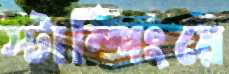
স্টাম্পিংয়ে